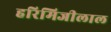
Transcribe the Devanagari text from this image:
हरिमिजीलाल